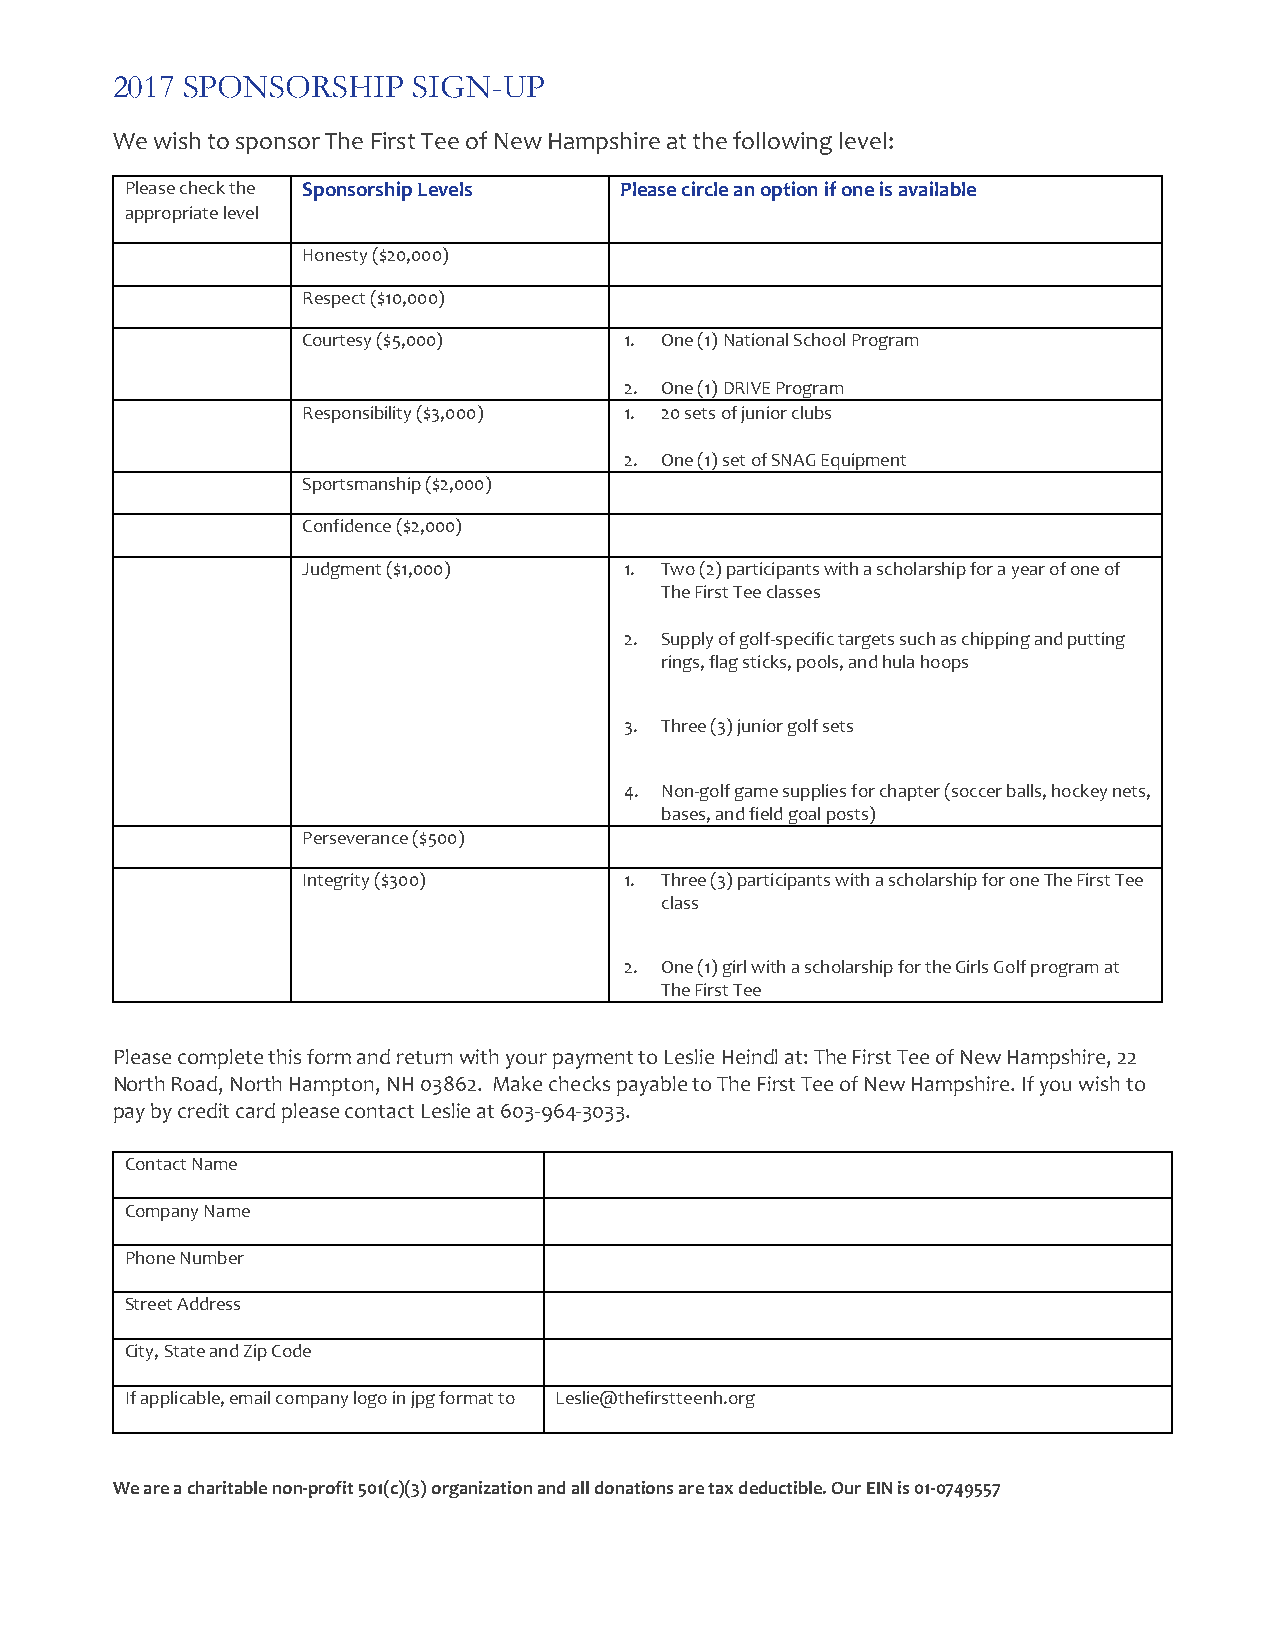
2017 SPONSORSHIP    SIGN-UP
 We wish to sponsor The First Tee of New Hampshire at the following level:
 Please check the Sponsorship Levels Please circle an option if one is available
 appropriate level
 Honesty ($20,000)
 Respect ($10,000)
 Courtesy ($5,000)    1. One (1) National School Program
 2. One (1) DRIVE Program
 Responsibility ($3,000) 1. 20 sets of junior clubs
 2. One (1) set of SNAG Equipment
 Sportsmanship ($2,000)
 Confidence ($2,000)
 Judgment ($1,000)    1. Two (2) participants with a scholarship for a year of one of
 The First Tee classes
 2. Supply of golf-specific targets such as chipping and putting
 rings, flag sticks, pools, and hula hoops
 3. Three (3) junior golf sets
 4. Non-golf game supplies for chapter (soccer balls, hockey nets,
 bases, and field goal posts)
 Perseverance ($500)
 Integrity ($300)     1. Three (3) participants with a scholarship for one The First Tee
 class
 2. One (1) girl with a scholarship for the Girls Golf program at
 The First Tee
 Please complete this form and return with your payment to Leslie Heindl at: The First Tee of New Hampshire, 22
 North Road, North Hampton, NH 03862. Make checks payable to The First Tee of New Hampshire. If you wish to
 pay by credit card please contact Leslie at 603-964-3033.
 Contact Name
 Company Name
 Phone Number
 Street Address
 City, State and Zip Code
 If applicable, email company logo in jpg format to Leslie@thefirstteenh.org
 We are a charitable non-profit 501(c)(3) organization and all donations are tax deductible. Our EIN is 01-0749557